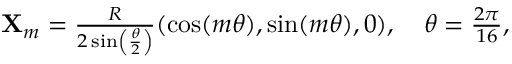
\begin{array} { r } { \mathbf { X } _ { m } = \frac { R } { 2 \sin \left( \frac { \theta } { 2 } \right) } ( \cos ( m \theta ) , \sin ( m \theta ) , 0 ) , \quad \theta = \frac { 2 \pi } { 1 6 } , } \end{array}